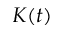
K ( t )